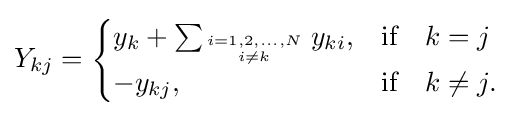
Y_{kj}={\begin{cases}y_{k}+\sum _{i=1,2,\ldots ,N \atop i\neq k}{y_{ki}},&{\mbox{if}}\quad k=j\\-y_{kj},&{\mbox{if}}\quad k\neq j.\end{cases}}